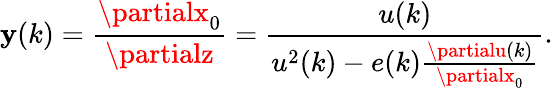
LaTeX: \mathbf{y}(k)=\frac{{\partialx_{0}}}{{\partialz}}=\frac{{u(k)}}{{u^{2}(k)-e(k)\frac{{\partialu(k)}}{{\partialx_{0}}}}}.